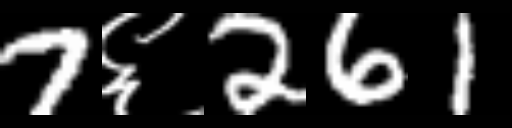
Text: 7६261